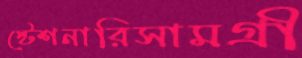
স্টেশনারিসামগ্রী